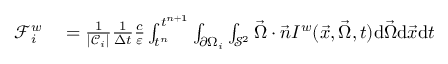
\begin{array} { r l } { \mathcal { F } _ { i } ^ { w } } & { { } = \frac { 1 } { | \mathcal { C } _ { i } | } \frac { 1 } { \Delta t } \frac { c } { \varepsilon } \int _ { t ^ { n } } ^ { t ^ { n + 1 } } \int _ { \partial \Omega _ { i } } \int _ { \mathcal { S } ^ { 2 } } \vec { \Omega } \cdot \vec { n } I ^ { w } ( \vec { x } , \vec { \Omega } , t ) \mathrm { d } \vec { \Omega } \mathrm { d } \vec { x } \mathrm { d } t } \end{array}